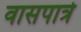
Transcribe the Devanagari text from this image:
वासपात्रे